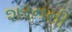
શરનની